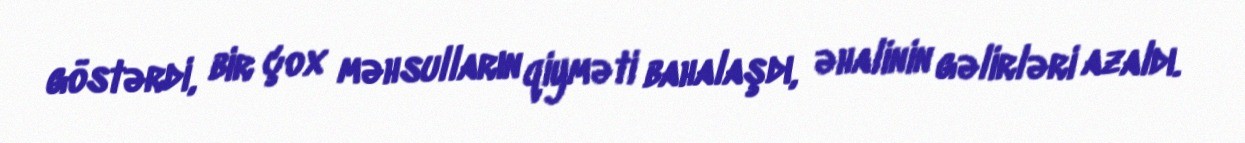
göstərdi, bir çox məhsulların qiyməti bahalaşdı, əhalinin gəlirləri azaldı.